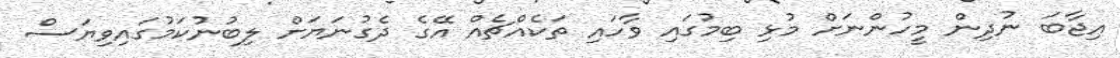
އިޖާބަ ނުދިން މީހުންނަށް މުޅި ބިމުގައި ވާހައި ތަކެއްޗެއް އޭގެ ދެގުނަޔަށް ލިބުނުކަމުގައިވިޔަސް